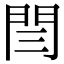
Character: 閆